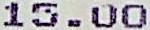
15.00